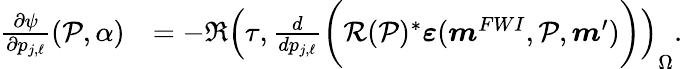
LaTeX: \begin{array}{rl}{\frac{\partial\psi}{\partial p_{j,\ell}}(\mathcal{P},\alpha)}&{=-\Re\left(\tau,\frac{d}{dp_{j,\ell}}\bigg(\mathcal{R}(\mathcal{P})^{*}\boldsymbol{\varepsilon}(\boldsymbol{m}^{FWI},\mathcal{P},\boldsymbol{m}^{\prime})\bigg)\right)_{\Omega}.}\end{array}